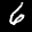
Label: 6